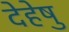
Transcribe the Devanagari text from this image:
देहेषु